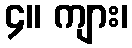
၄။ ကျား၊